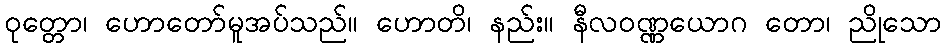
ဝုတ္တော၊ ဟောတော်မူအပ်သည်။ ဟောတိ၊ နည်း။ နီလဝဏ္ဏယောဂ တော၊ ညိုသော